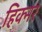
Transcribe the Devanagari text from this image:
हिक्नर